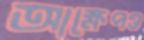
আক্ষেপও